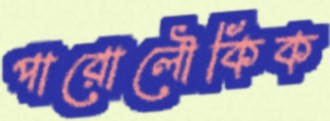
পারোলৌকিক